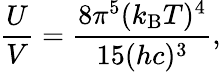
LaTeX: {\frac{U}{V}}={\frac{8\pi^{5}(k_{\mathrm{B}}T)^{4}}{15(hc)^{3}}},